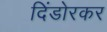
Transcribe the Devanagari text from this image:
दिंडोरकर